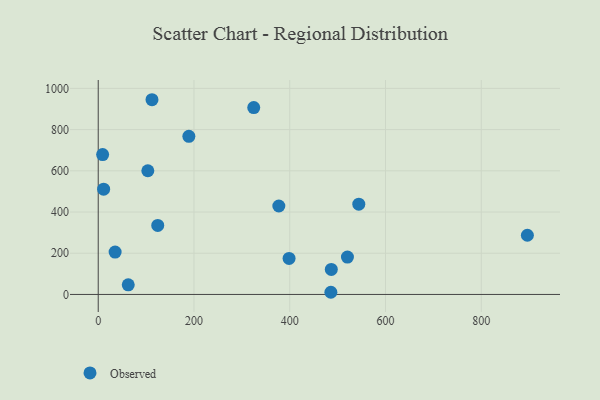
{"axis": {"x": "Ad Spend", "y": "Salary"}, "legend": ["Observed"], "data": [{"x": "35.3", "y": 205.6, "type": "Observed"}, {"x": "11.3", "y": 511.0, "type": "Observed"}, {"x": "398.6", "y": 175.0, "type": "Observed"}, {"x": "103.6", "y": 600.2, "type": "Observed"}, {"x": "324.8", "y": 906.8, "type": "Observed"}, {"x": "62.7", "y": 46.7, "type": "Observed"}, {"x": "520.5", "y": 181.3, "type": "Observed"}, {"x": "544.2", "y": 438.2, "type": "Observed"}, {"x": "112.3", "y": 945.0, "type": "Observed"}, {"x": "485.9", "y": 10.5, "type": "Observed"}, {"x": "189.3", "y": 767.6, "type": "Observed"}, {"x": "124.3", "y": 334.8, "type": "Observed"}, {"x": "9.2", "y": 678.8, "type": "Observed"}, {"x": "486.8", "y": 121.6, "type": "Observed"}, {"x": "896.3", "y": 287.2, "type": "Observed"}, {"x": "377.2", "y": 429.1, "type": "Observed"}]}